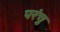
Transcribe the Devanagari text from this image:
परंचु